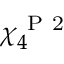
\chi _ { 4 } ^ { \mathrm { ~ P ~ 2 ~ } }